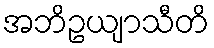
အဘိဥယျာသီတိ